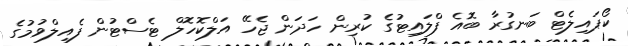
ކޯޕައިލެޓް ބަނގުރާ ބޮއެ ފްލައިޓުގެ ކުރިން ހަދަން ޖެހޭ އަލްކޮހޮލް ޓެސްޓުން ފެއިލްވުމުގެ